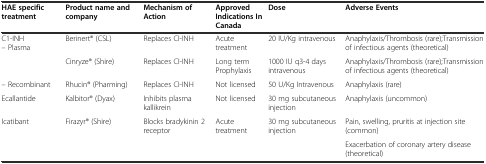
| HAE specific treatment | Product name and company | Mechanism of Action | Approved Indications In Canada | Dose | Adverse Events |
 | --- | --- | --- | --- | --- | --- |
 | C1-INH – Plasma | Berinert® (CSL) | Replaces CI-INH | Acute treatment | 20 IU/Kg intravenous | Anaphylaxis/Thrombosis (rare);Transmission of infectious agents (theoretical) |
 |  | Cinryze® (Shire) | Replaces CI-INH | Long term Prophylaxis | 1000 IU q3-4 days intravenous | Anaphylaxis/Thrombosis (rare);Transmission of infectious agents (theoretical) |
 | – Recombinant | Rhucin® (Pharming) | Replaces CI-INH | Not licensed | 50 U/Kg Intravenous | Anaphylaxis (rare) |
 | Ecallantide | Kalbitor® (Dyax) | Inhibits plasma kallikrein | Not licensed | 30 mg subcutaneous injection | Anaphylaxis (uncommon) |
 | Icatibant | Firazyr® (Shire) | Blocks bradykinin 2 receptor | Acute treatment | 30 mg subcutaneous injection | Pain, swelling, pruritis at injection site (common) |
 |  |  |  |  |  | Exacerbation of coronary artery disease (theoretical) |